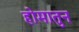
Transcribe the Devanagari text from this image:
होमातुन